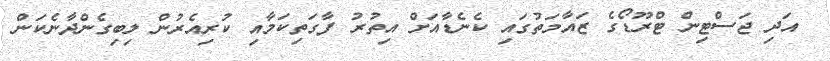
އަދި ޖަސްޓިން ޓްރޫޑޯގެ ޒައާމަތުގައި ކެނެޑާއަށް އިތުރު ފާގަތިކަމާއި ކުރިއެރުން ލިބިގެންދާނެކަން